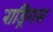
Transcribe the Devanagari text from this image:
राड्रिगस